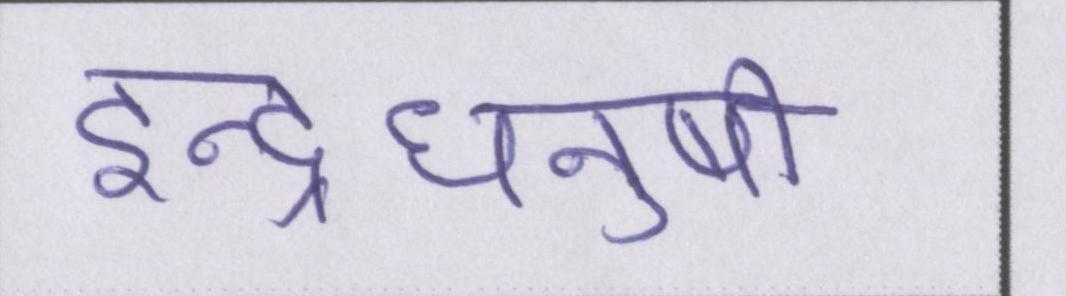
इन्द्रधनुषी